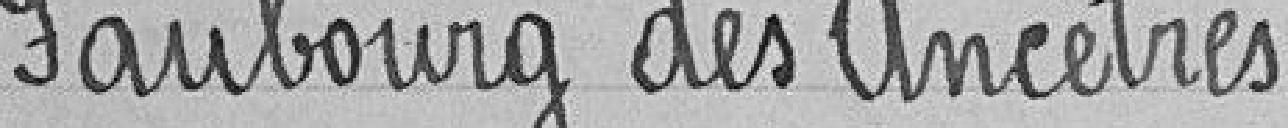
Faubourg des Ancêtres